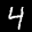
Label: 4